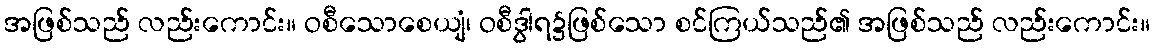
အဖြစ်သည် လည်းကောင်း။ ဝစီသောစေယျံ၊ ဝစီဒွါရ၌ဖြစ်သော စင်ကြယ်သည်၏ အဖြစ်သည် လည်းကောင်း။